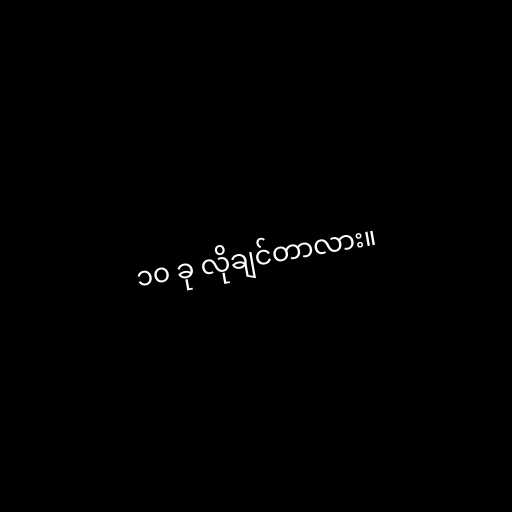
၁၀ ခု လိုချင်တာလား။